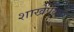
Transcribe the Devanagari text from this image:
शाखेपेक्षा